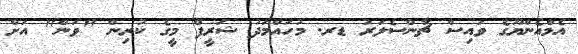
އެމްއެންޔޫގެ ވައިސް ޗާންސެލަރު ޑރ. މުހައްމަދު ޝަރީފް މީގެ ކުރިން "ވަން" އަށް